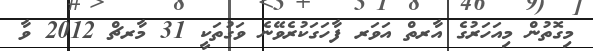
މިގޮތުން މިއަހަރުގެ އާރތް އަވަރ ފާހަގަކުރެވޭނެ ވަގުތަކީ 31 މާރޗް 2012 ވާ